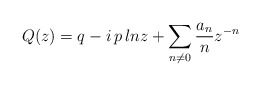
\begin{align*}Q(z)=q-i\,p\,lnz+\sum_{n\neq 0}\frac{a_{n}}{n}z^{-n} \end{align*}